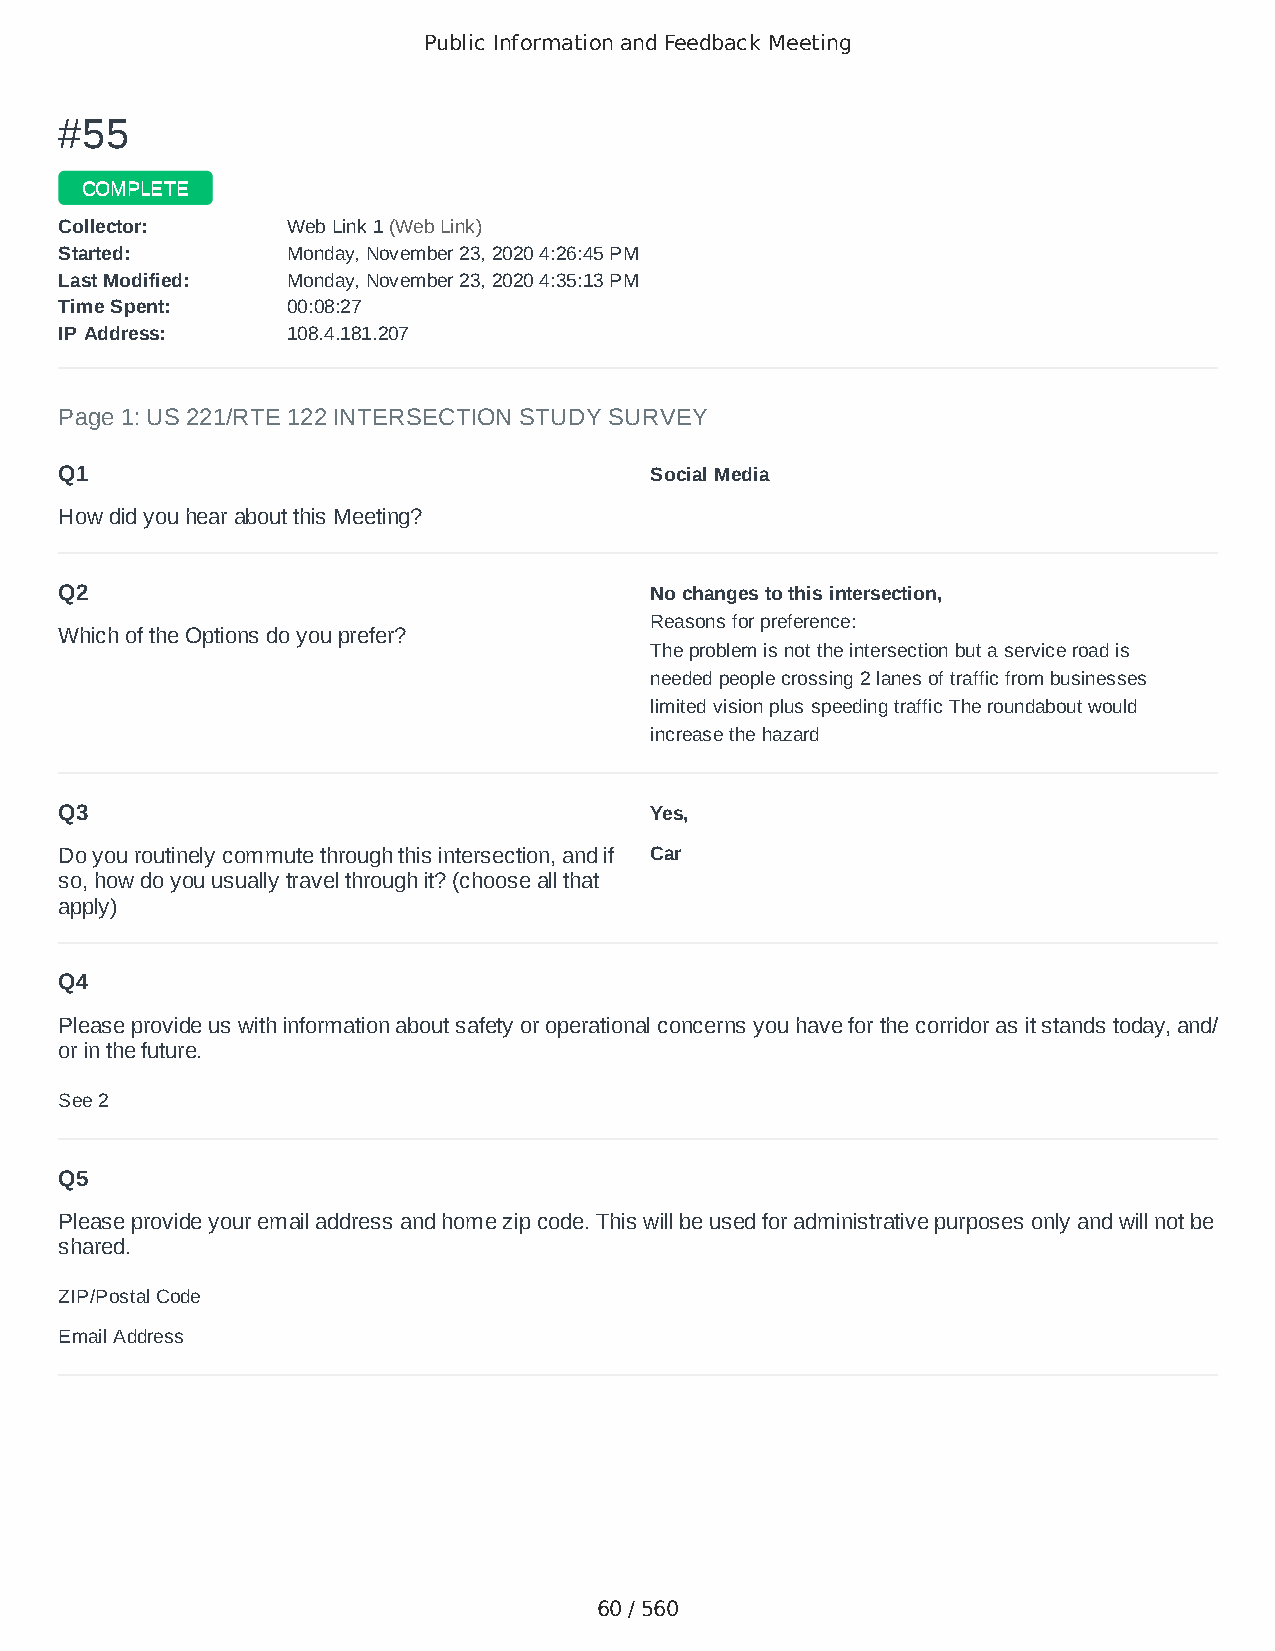
Public Information and Feedback Meeting
 ##5555
 CCOOMMPPLLEETTEE
 CCoolllleeccttoorr:: WWeebb LLiinnkk 11 ((WWeebb LLiinnkk))
 SSttaarrtteedd:: MMoonnddaayy,, NNoovveemmbbeerr 2233,, 22002200 44::2266::4455 PPMM
 LLaasstt MMooddiiffiieedd:: MMoonnddaayy,, NNoovveemmbbeerr 2233,, 22002200 44::3355::1133 PPMM
 TTiimmee SSppeenntt:: 0000::0088::2277
 IIPP AAddddrreessss:: 110088..44..118811..220077
 Page 1: US 221/RTE 122 INTERSECTION STUDY SURVEY
 Q1                                     Social Media
 How did you hear about this Meeting?
 Q2                                     No changes to this intersection,
 Reasons for preference:
 Which of the Options do you prefer?
 The problem is not the intersection but a service road is
 needed people crossing 2 lanes of traffic from businesses
 limited vision plus speeding traffic The roundabout would
 increase the hazard
 Q3                                     Yes,
 Do you routinely commute through this intersection, and if Car
 so, how do you usually travel through it? (choose all that
 apply)
 Q4
 Please provide us with information about safety or operational concerns you have for the corridor as it stands today, and/
 or in the future.
 See 2
 Q5
 Please provide your email address and home zip code. This will be used for administrative purposes only and will not be
 shared.
 ZIP/Postal Code                        24174
 Email Address                          knschic@yahoo.com
 60 / 560